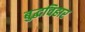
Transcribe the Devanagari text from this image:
बुद्धविहार